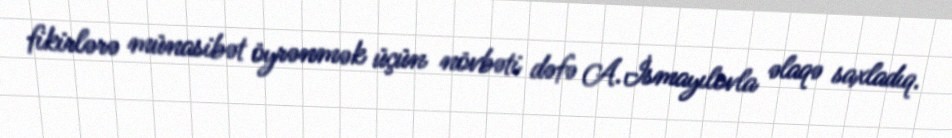
fikirlərə münasibət öyrənmək üçün növbəti dəfə A.İsmayılovla əlaqə saxladıq.